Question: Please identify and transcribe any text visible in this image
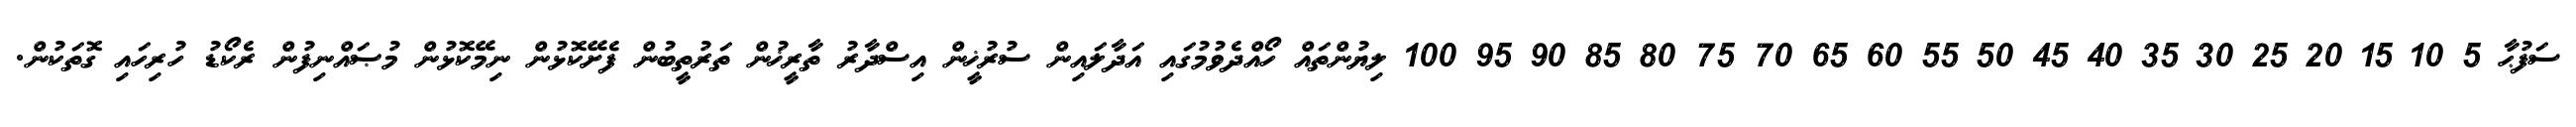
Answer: ސަފުޙާ 5 10 15 20 25 30 35 40 45 50 55 60 65 70 75 80 85 90 95 100 ލިޔުންތައް ހޯއްދެވުމުގައި އަދާލައިން ސުރުޚީން އިސްދާރު ތާރީޚުން ތަރުތީބުން ފެށޭކޮޅުން ނިމޭކޮޅުން މުޞައްނިފުން ރެކޯޑު ހުރިހައި ގޮތަކުން.